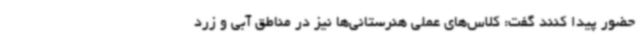
حضور پیدا کنند گفت: کلاس‌های عملی هنرستانی‌ها نیز در مناطق آبی و زرد